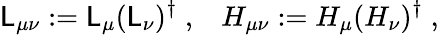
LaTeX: \mathsf{L}_{\mu\nu}:=\mathsf{L}_{\mu}(\mathsf{L}_{\nu})^{\dagger}\; ,\; \; \; H_{\mu\nu}:=H_{\mu}(H_{\nu})^{\dagger}\; ,